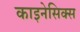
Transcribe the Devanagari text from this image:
काइनेसिक्स